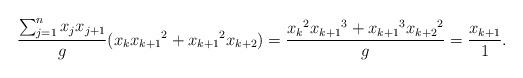
LaTeX: \begin{align*} \frac{\sum_{j=1}^n x_jx_{j+1}}{g} (x_{k}{x_{k+1}}^2+{x_{k+1}}^2x_{k+2})=\frac{{x_{k}}^2{x_{k+1}}^3+{x_{k+1}}^3{x_{k+2}}^2}{g}=\frac{x_{k+1}}{1}.\end{align*}